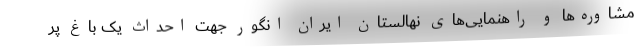
مشاوره‌ها و راهنمایی‌های نهالستان ایران انگور جهت احداث یک باغ پر